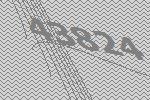
43824